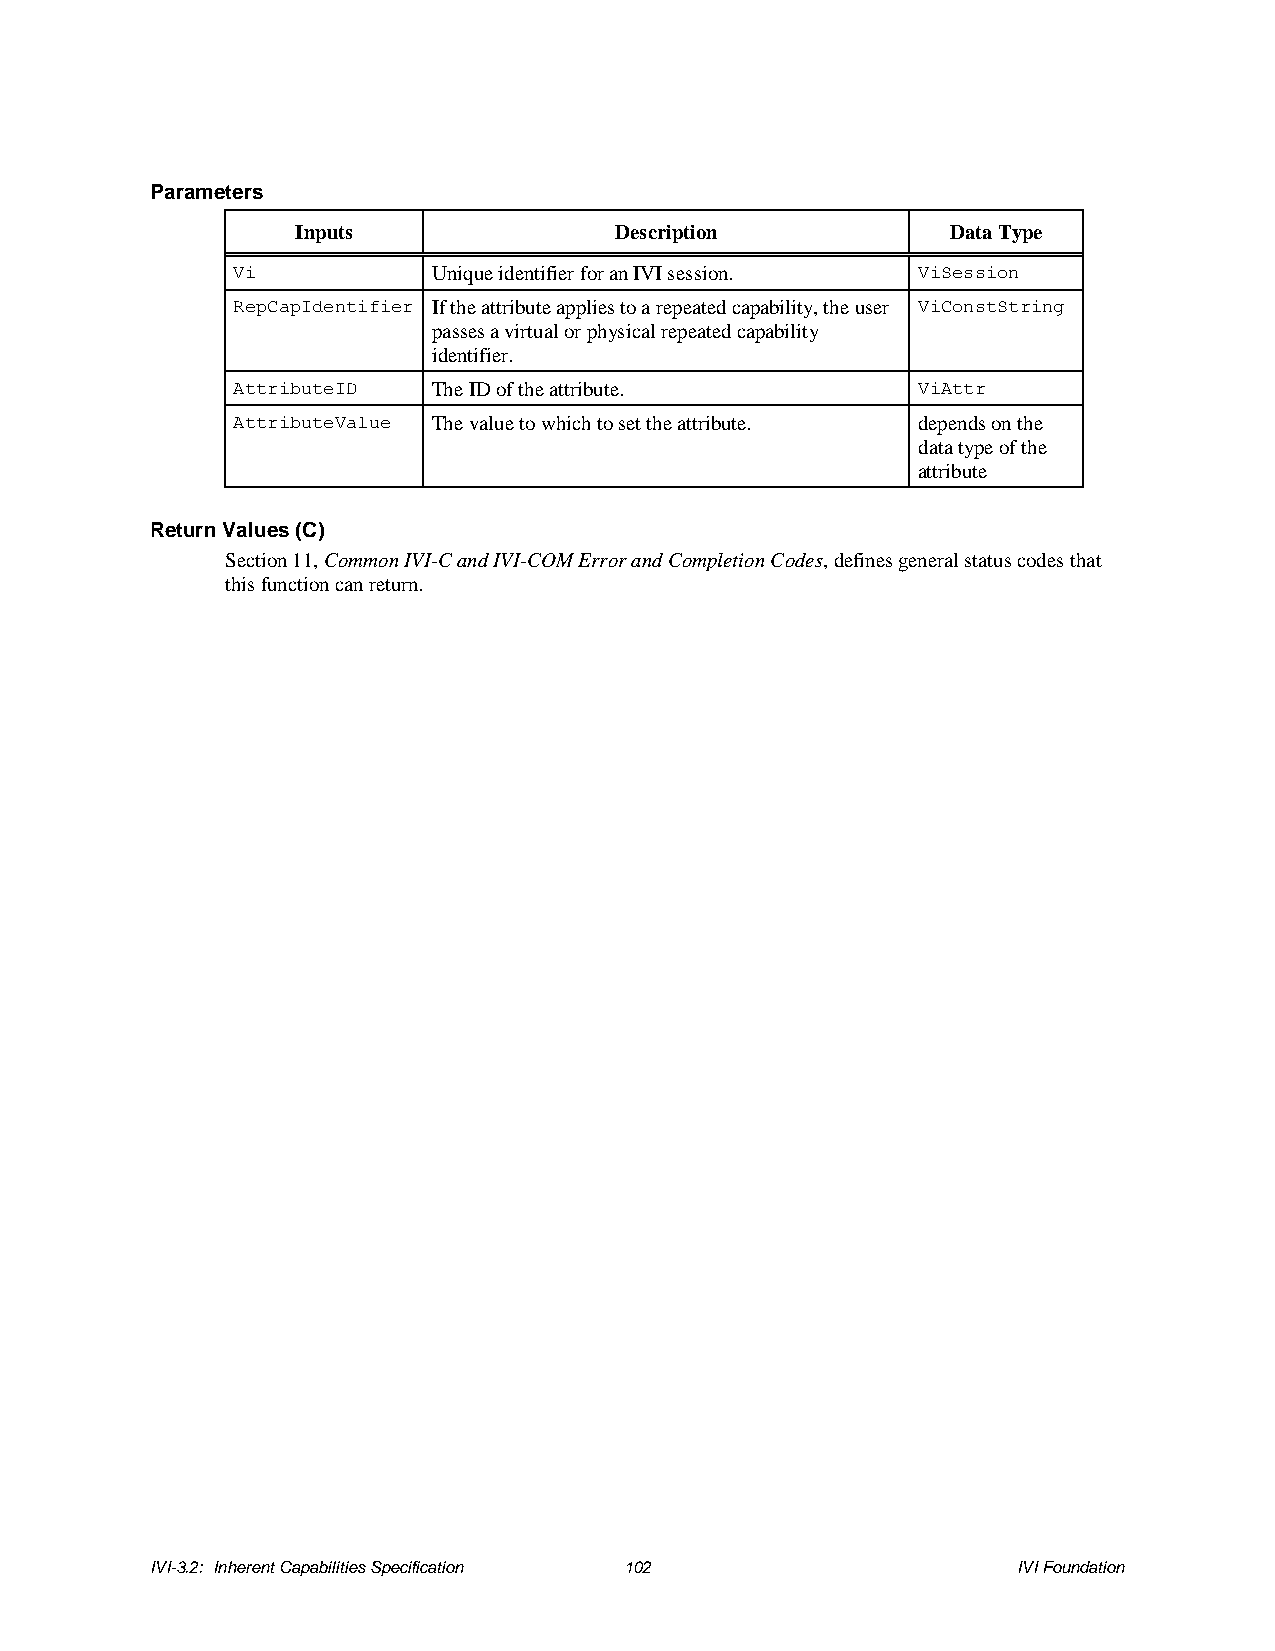
Parameters
 Inputs               Description           Data Type
 Vi            Unique identifier for an IVI session. ViSession
 RepCapIdentifier If the attribute applies to a repeated capability, the user ViConstString
 passes a virtual or physical repeated capability
 identifier.
 AttributeID   The ID of the attribute.        ViAttr
 AttributeValue The value to which to set the attribute. depends on the
 data type of the
 attribute
 Return Values (C)
 Section 11, Common IVI-C and IVI-COM Error and Completion Codes, defines general status codes that
 this function can return.
 IVI-3.2: Inherent Capabilities Specification 102         IVI Foundation